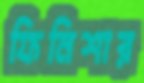
ফিনিশার